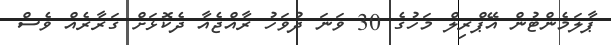
ޕާލަމެންޓުން އޭޕްރިލް މަހުގެ 30 ވަނަ ދުވަހު ރާއްޖެއާ ދެކޮޅަށް ގަރާރެއް ވެސް